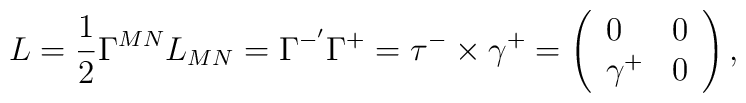
L=\frac{1}{2}\Gamma ^{MN}L_{MN}=\Gamma ^{-^{\prime }}\Gamma ^{+}=\tau^{-}\times \gamma ^{+}=\left( \begin{array}{ll}0 & 0 \\ \gamma ^{+} & 0\end{array}\right) ,